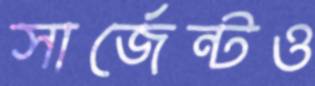
সার্জেন্টও